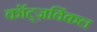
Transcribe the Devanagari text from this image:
कॉट्ज़विंकल